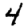
Digit: 4